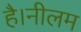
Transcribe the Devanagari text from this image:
है।नीलम